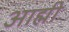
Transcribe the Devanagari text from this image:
आह्मी